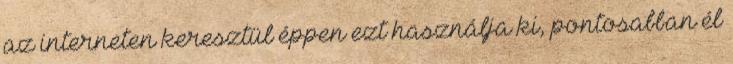
az interneten keresztül éppen ezt használja ki, pontosabban él